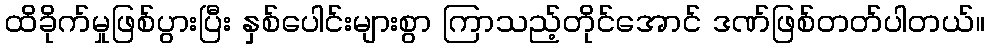
ထိခိုက်မှုဖြစ်ပွားပြီး နှစ်ပေါင်းများစွာ ကြာသည့်တိုင်အောင် ဒဏ်ဖြစ်တတ်ပါတယ်။